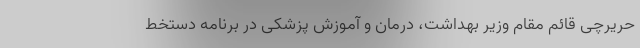
حریرچی قائم مقام وزیر بهداشت، درمان و آموزش پزشکی در برنامه دستخط